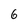
Character: 6